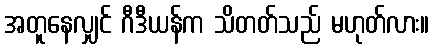
အတူနေလျှင် ဂီဒီယန်က သိတတ်သည် မဟုတ်လား။